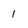
Character: 1